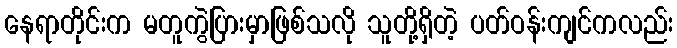
နေရာတိုင်းက မတူကွဲပြားမှာဖြစ်သလို သူတို့ရှိတဲ့ ပတ်ဝန်းကျင်ကလည်း